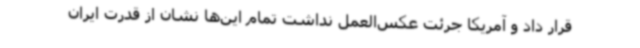
قرار داد و آمریکا جرئت عکس‌العمل نداشت تمام این‌ها نشان از قدرت ایران